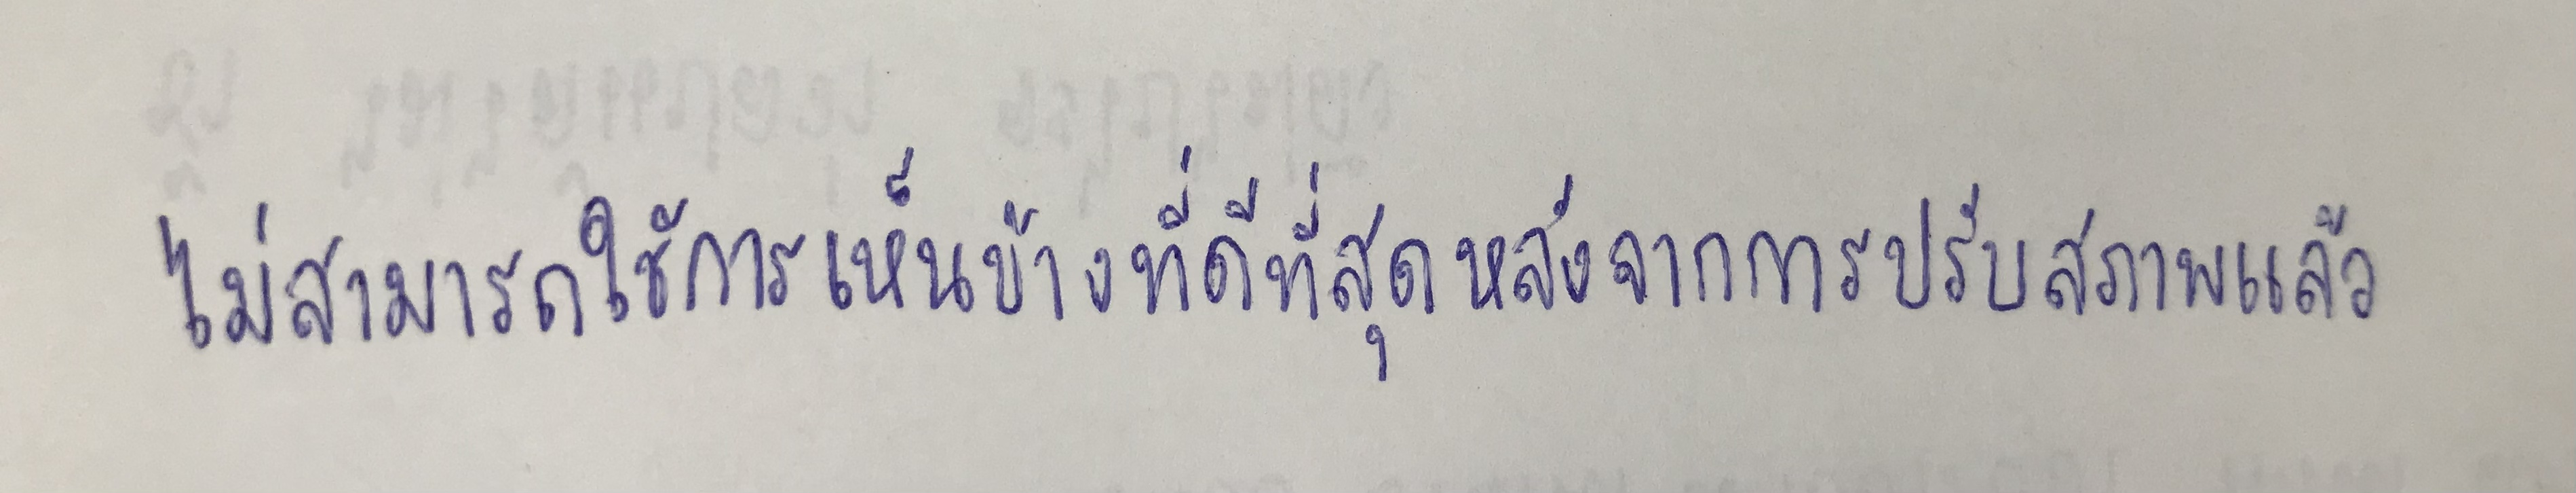
ไม่สามารถใช้การเห็นข้างที่ดีที่สุดหลังจากการปรับสภาพแล้ว